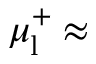
\mu _ { \mathrm { l } } ^ { + } \approx